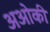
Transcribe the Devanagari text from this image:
अओकी